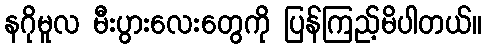
နဂိုမူလ မီးပွားလေးတွေကို ပြန်ကြည့်မိပါတယ်။